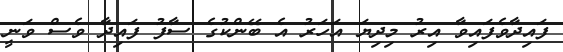
ފައިދާވެފައިވާ އިރު މިދިޔަ އަހަރު އެ ބޭންކުގެ ސާފު ފައިދާ ވެސް ވަނީ